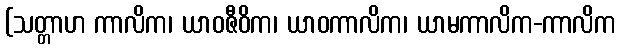
(သတ္တာဟ ကာလိက၊ ယာဝဇီဝိက၊ ယာဝကာလိက၊ ယာမကာလိက-ကာလိက